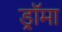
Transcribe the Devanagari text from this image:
ड्रॉमा